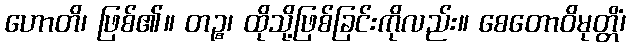
ဟောတိ၊ ဖြစ်၏။ တဉ္စ၊ ထိုသို့ဖြစ်ခြင်းကိုလည်း။ စေတောဝိမုတ္တိံ၊